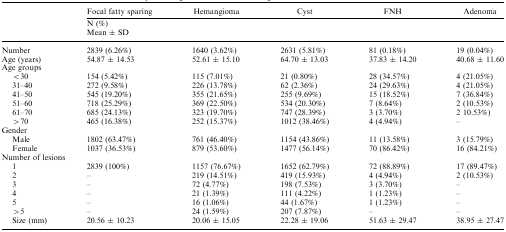
<table><thead><tr><td rowspan="2"></td><td><b>Focal fatty sparing</b></td><td><b>Hemangioma</b></td><td><b>Cyst</b></td><td><b>FNH</b></td><td><b>Adenoma</b></td></tr><tr><td colspan="5"><b>N (%)Mean ± SD</b></td></tr></thead><tbody><tr><td>Number</td><td>2839 (6.26%)</td><td>1640 (3.62%)</td><td>2631 (5.81%)</td><td>81 (0.18%)</td><td>19 (0.04%)</td></tr><tr><td>Age (years)</td><td>54.87 ± 14.53</td><td>52.61 ± 15.10</td><td>64.70 ± 13.03</td><td>37.83 ± 14.20</td><td>40.68 ± 11.60</td></tr><tr><td colspan="6">Age groups</td></tr><tr><td> &lt;30</td><td>154 (5.42%)</td><td>115 (7.01%)</td><td>21 (0.80%)</td><td>28 (34.57%)</td><td>4 (21.05%)</td></tr><tr><td> 31–40</td><td>272 (9.58%)</td><td>226 (13.78%)</td><td>62 (2.36%)</td><td>24 (29.63%)</td><td>4 (21.05%)</td></tr><tr><td> 41–50</td><td>545 (19.20%)</td><td>355 (21.65%)</td><td>255 (9.69%)</td><td>15 (18.52%)</td><td>7 (36.84%)</td></tr><tr><td> 51–60</td><td>718 (25.29%)</td><td>369 (22.50%)</td><td>534 (20.30%)</td><td>7 (8.64%)</td><td>2 (10.53%)</td></tr><tr><td> 61–70</td><td>685 (24.13%)</td><td>323 (19.70%)</td><td>747 (28.39%)</td><td>3 (3.70%)</td><td>2 10.53%)</td></tr><tr><td> &gt;70</td><td>465 (16.38%)</td><td>252 (15.37%)</td><td>1012 (38.46%)</td><td>4 (4.94%)</td><td>–</td></tr><tr><td colspan="6">Gender</td></tr><tr><td> Male</td><td>1802 (63.47%)</td><td>761 (46.40%)</td><td>1154 (43.86%)</td><td>11 (13.58%)</td><td>3 (15.79%)</td></tr><tr><td> Female</td><td>1037 (36.53%)</td><td>879 (53.60%)</td><td>1477 (56.14%)</td><td>70 (86.42%)</td><td>16 (84.21%)</td></tr><tr><td colspan="6">Number of lesions</td></tr><tr><td> 1</td><td>2839 (100%)</td><td>1157 (76.67%)</td><td>1652 (62.79%)</td><td>72 (88.89%)</td><td>17 (89.47%)</td></tr><tr><td> 2</td><td>–</td><td>219 (14.51%)</td><td>419 (15.93%)</td><td>4 (4.94%)</td><td>2 (10.53%)</td></tr><tr><td> 3</td><td>–</td><td>72 (4.77%)</td><td>198 (7.53%)</td><td>3 (3.70%)</td><td>–</td></tr><tr><td> 4</td><td>–</td><td>21 (1.39%)</td><td>111 (4.22%)</td><td>1 (1.23%)</td><td>–</td></tr><tr><td> 5</td><td>–</td><td>16 (1.06%)</td><td>44 (1.67%)</td><td>1 (1.23%)</td><td>–</td></tr><tr><td> &gt;5</td><td>–</td><td>24 (1.59%)</td><td>207 (7.87%)</td><td>–</td><td>–</td></tr><tr><td> Size (mm)</td><td>20.56 ± 10.23</td><td>20.06 ± 15.05</td><td>22.28 ± 19.06</td><td>51.63 ± 29.47</td><td>38.95 ± 27.47</td></tr></tbody></table>